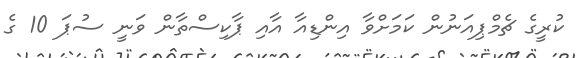
ކުރީގެ ޗެމްޕިއަނުން ކަމަށްވާ އިންޑިއާ އާއި ޕާކިސްތާން ވަނީ ސުޕަ 10 ގެ